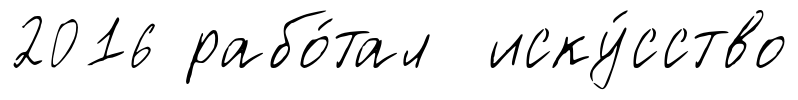
2016 рабо́тал иску́сство